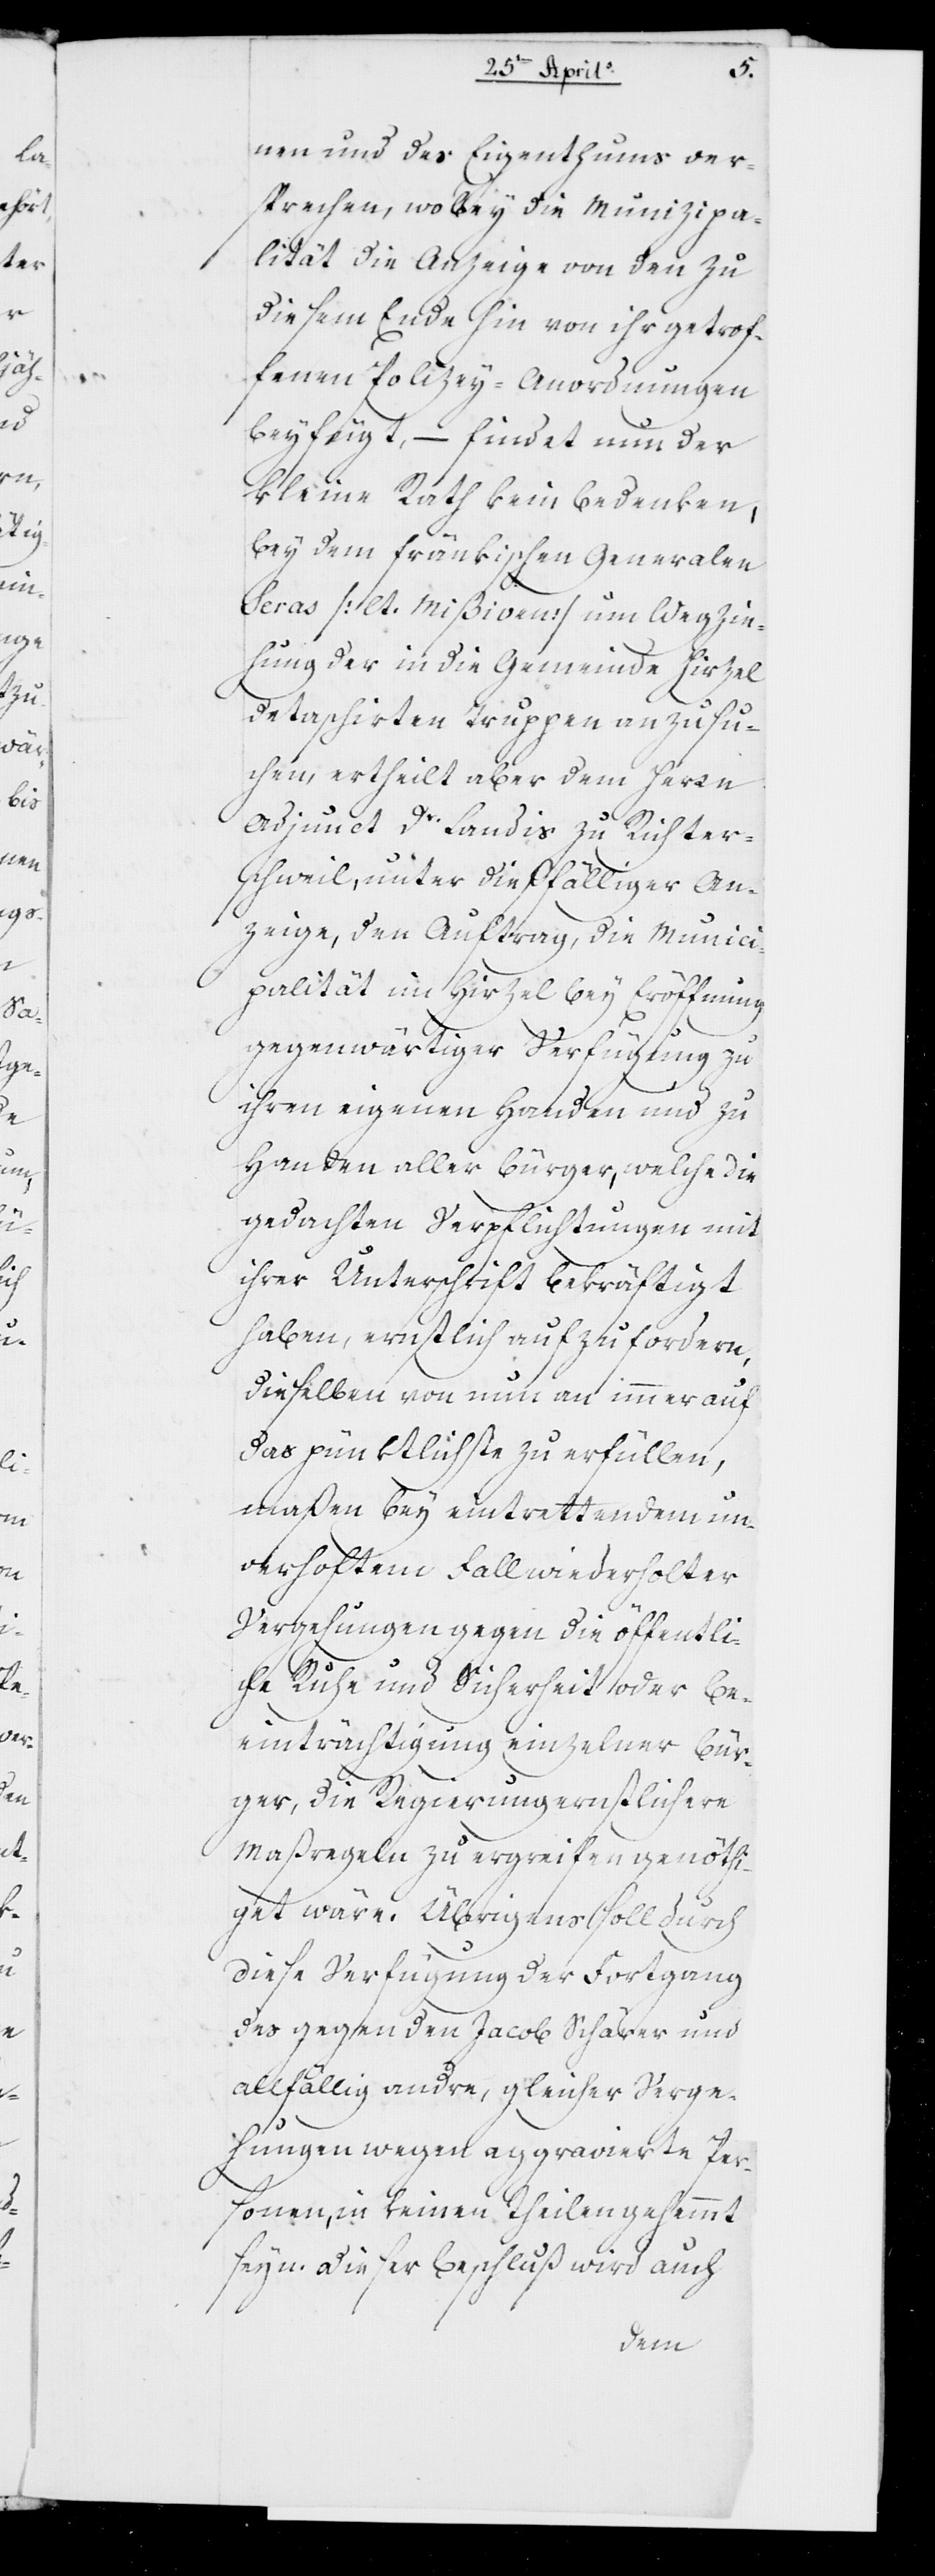
nen und des Eigenthums ver¬
sprechen, wobey die Munizipa¬
lität die Anzeige von den zu
diesem Ende hin von ihr getrof¬
fenen Polizey-Anordnungen
beyfügt, – findet nun der
kleine Rath kein Bedenken,
bey dem fränkischen Generalen
Seras (lt. Mißiven) um Wegzie¬
hung der in die Gemeinde Hirzel
detaschirten Truppen anzusu¬
chen, ertheilt aber dem Herrn
Adjunct Dr. Landis zu Richter¬
schweil, unter dießfälliger An¬
zeige, den Auftrag, die Munici¬
palität im Hirzel bey Eröffnung
gegenwärtiger Verfügung zu
ihren eigenen Handen und zu
Handen aller Bürger, welche die
gedachten Verpflichtungen mit
ihrer Unterschrift bekräftigt
haben, ernstlich aufzufordern,
dieselben von nun an immer auf
das pünktlichste zu erfüllen,
maßen bey eintrettendem un¬
verhofftem Fall wiederholter
Vergehungen gegen die öffentliche
Ruhe und Sicherheit oder Be¬
einträchtigung einzelner Bür¬
ger, die Regierung ernstlichere
Maßregeln zu ergreifen genöth¬
iget wäre. Übrigens soll durch
diese Verfügung der Fortgang
des gegen den Jacob Schärer und
allfällig andre, gleicher Verge¬
hungen wegen aggravierte Per¬
sonen, in keinen Theilen gehemmt
seyn. Dieser Beschluß wird auch